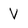
Character: V